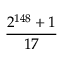
\frac { 2 ^ { 1 4 8 } + 1 } { 1 7 }